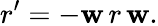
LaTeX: r^{\prime}=-\mathbf{w}\, r\, \mathbf{w}.